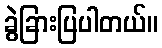
ခွဲခြားပြပါတယ်။